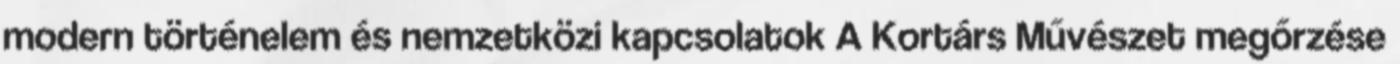
modern történelem és nemzetközi kapcsolatok A Kortárs Művészet megőrzése